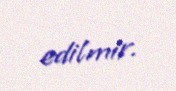
edilmir.